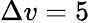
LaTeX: \Delta v=5